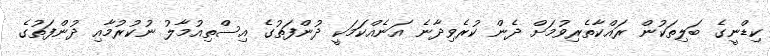
ކިޑްނީގެ ބަލިތަކުން ރައްކާތެރިވުމަށް ދެން ކުރެވިދާނެ އަނެއްކަމަކީ ދުންފަތުގެ އިސްތިއުމާލު ނުކުރުމާއި ދުންފަތުގެ